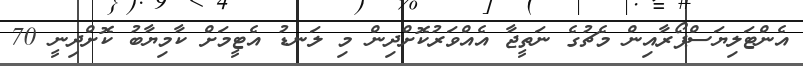
އެންޓަލިޔަސްޕޯރާއިން މެޗުގެ ނަތީޖާ އެއްވަރުކޮށްދިން މި ލަނޑު އެޓީމަށް ކާމިޔާބު ކޮށްދިނީ 70